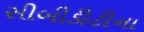
સીબીડીટીના